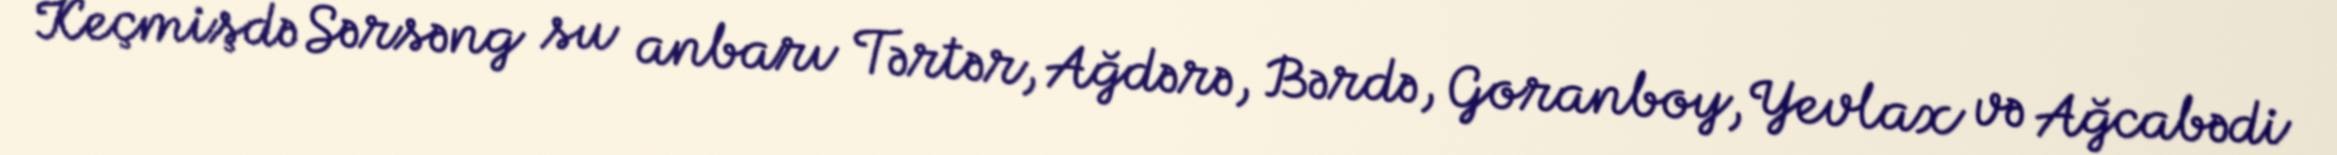
Keçmişdə Sərsəng su anbarı Tərtər, Ağdərə, Bərdə, Goranboy, Yevlax və Ağcabədi